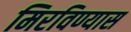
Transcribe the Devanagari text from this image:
मिरविण्यास